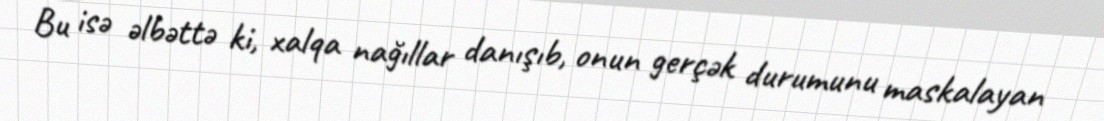
Bu isə əlbəttə ki, xalqa nağıllar danışıb, onun gerçək durumunu maskalayan